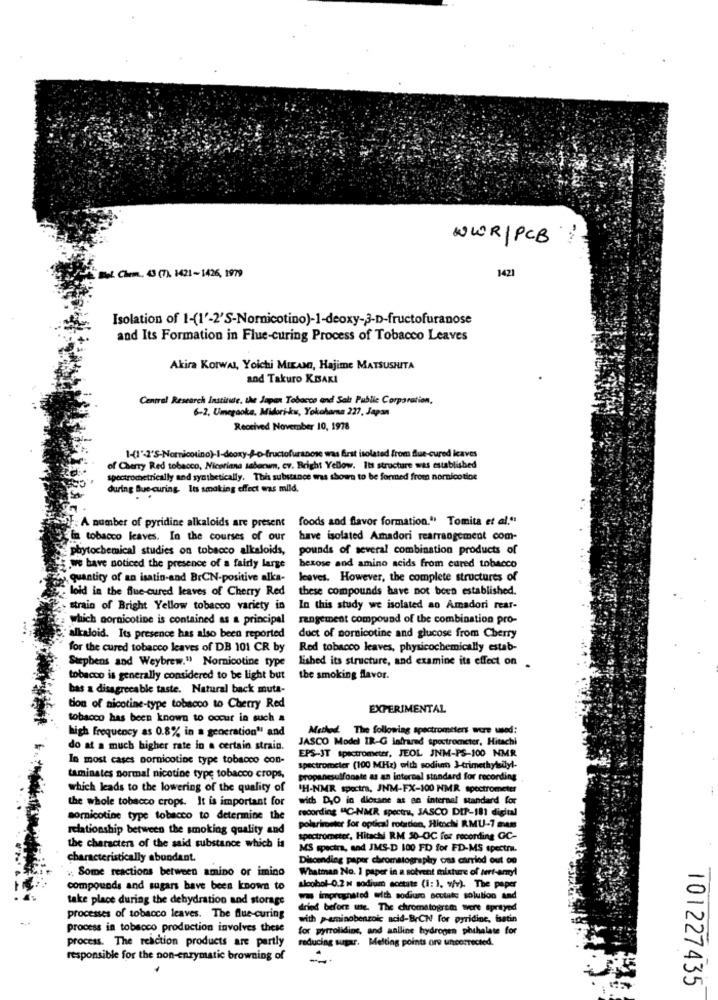
WIR|PCB
1421
Bol. Chem .. 43 (7), 1421-1426, 1979
Isolation of 1-(1'-2'S-Nornicotino)-]-deoxy-3-D-fructofuranose
and Its Formation in Flue-curing Process of Tobacco Leaves
Akira Korwal, Yoichi MIAMI, Hajime MATSUSHITA
and Takuro KBAKI
Central Research Institute, the Japan Tobacco and Salt Public Corporation,
6-2, Umegaoka, Midori-kw, Yokohama 227, Japan
Received November 10, 1978
1-(1"-2'S-Nomnicotino)-1-deoxy-&-o-fructofuranose was first isolated from fue-cured Icaves
of Cherry Red tobacco, Nicotiana tabacum, cv. Bright Yellow. Its structure was established
spectrometrically and synthetically. This substance was shown to be formed from nornicotine
during Bue-curing Its smoking effect was mild.
foods and flavor formation." Tomita et al."
A number of pyridine alkaloids are present
in tobacco leaves. In the courses of our
have isolated Amadori rearrangement com-
phytochemical studies on tobacco alkaloids,
pounds of several combination products of
we have noticed the presence of a fairly large
hexose and amino acids from cured tobacco
quantity of an isatin-and BrCN-positive alka-
leaves. However, the complete structures of
loid in the Blue-cured leaves of Cherry Red
these compounds have not been established.
strain of Bright Yellow tobacco variety in
In this study we isolated ao Amadori rear-
which gornicotine is contained as a principal
rangement compound of the combination pro-
alkaloid. Its presence has also been reported
duct of sornicotine and glucose from Cherry
for the cured tobacco leaves of DB 101 CR by
Red tobacco leaves, physicochemically estab-
lished its structure, and examine its effect on
Stephens and Weybrew." Nornicotine type
tobacco is generally considered to be light but
the smoking flavor.
bas a disagreeable taste. Natural back muta-
tion of nicotine-type tobacco to Cherry Red
EXPERIMENTAL
tobacco has been known to occur in such a
high Frequency as 0.8% in a generation" and
Method The following spectrometers were used:
JASCO Model IR-G infrared spectrometer, Hitachi
do at a much higher rate in a certain strain.
In most cases pornicotine type tobacco con-
EPS-JT spectrometer, JEOL JNM-PS-100 NMR
spectrometer (100 MHz) with sodiun 3-trimethylsdlyl-
taminstes normal nicotine type tobacco crops,
propanesulfonate as an internal standard for recording
which leads to the lowering of the quality of
CH-NMR spectra, JNM-FX-100 NMR spectrometer
the whole tobacco crops. It is important for
with DO in diesane at an internal standard for
recording "C-NMR spectre, JASCO DIP-181 digital
sornicotine type tobacco to determine the
relationship between the smoking quality and
polarimeter for optical rotation, Hitachi RMU-7 mem
spectrometer, Hitachi RM 30-OC for recording GC-
the characters of the said substance which is
MS spectra, and JMS-D 100 FD for FD-MS spectra.
characteristically abundant.
Discending paper chromatography oss carried out on
. Some reactions between amino or imino
Whatman No. 1 paper in a solvent mixture of lert-aryl
compounds and sugars bave been known to
alcohol-0.2 x sodium acetate (1: ). w/v). The paper
take place during the dehydration and storage
ww impregnated with sodiumo scutate solution and
dried before we. The chromatogrem were sprayed
processes of tobacco leaves. The flue-curing
with p-aminobenzoic acid-BrCN for pyridine, isatin
process in tobacco production involves these
for pyrrolidine, and aniline hydrogen phuhalate for
process. The reaction products are partly
reducing sugar. Melting points ore uncorrected.
responsible for the non-enzymatic browning of
101227435